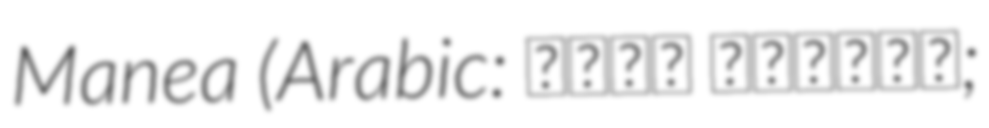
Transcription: Manea (Arabic: محمد المنيع;